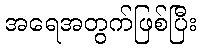
အရေအတွက်ဖြစ်ပြီး